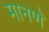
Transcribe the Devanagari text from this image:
मानणें